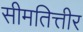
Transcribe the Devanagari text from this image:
सीमतित्तीर